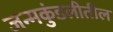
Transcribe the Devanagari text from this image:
जन्मकुंडलीतील